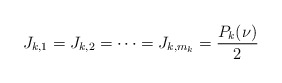
\begin{align*}J_{k,1}=J_{k,2}=\cdots =J_{k,m_k}=\frac{P_k(\nu)}{2}\end{align*}